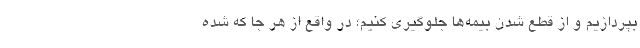
بپردازیم و از قطع شدن بیمه‌ها جلوگیری کنیم؛ در واقع از هر جا که شده